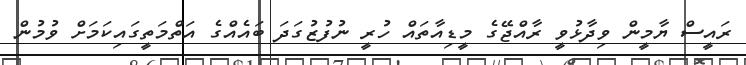
ރައީސް ޔާމީން ވިދާޅުވީ ރާއްޖޭގެ މީޑިއާތައް ހުރީ ނުފުޒުގަދަ ބައެއްގެ އަތްމަތީގައިކަމަށް ވުމުން